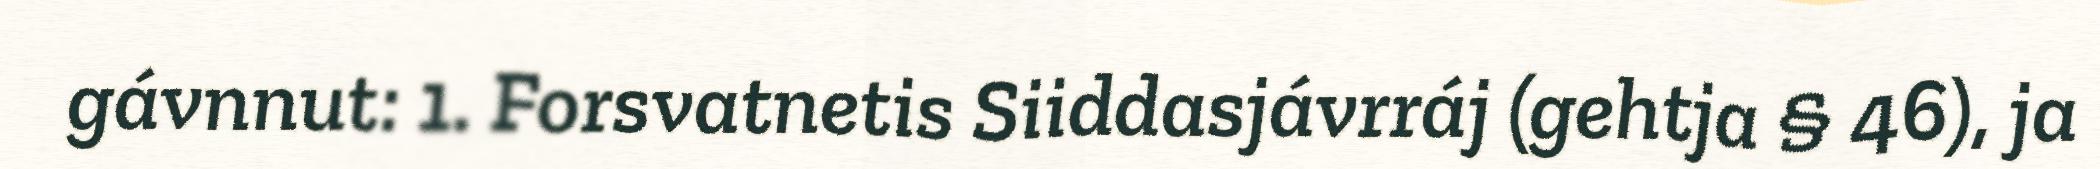
gávnnut: 1. Forsvatnetis Siiddasjávrráj (gehtja § 46), ja